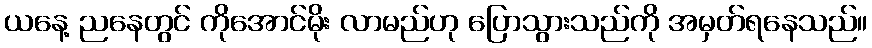
ယနေ့ ညနေတွင် ကိုအောင်မိုး လာမည်ဟု ပြောသွားသည်ကို အမှတ်ရနေသည်။